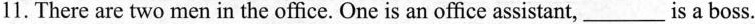
11.There are two men in the office. One is an office assistant,_is a boss.